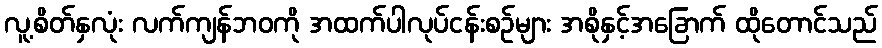
လူ့စိတ်နှလုံး လက်ကျန်ဘဝကို အထက်ပါလုပ်ငန်းစဉ်များ အစိုနှင့်အခြောက် ထိုတောင်သည်